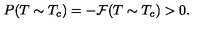
P ( T \sim T _ { c } ) = - { \cal F } ( T \sim T _ { c } ) > 0 .